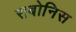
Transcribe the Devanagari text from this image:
सबोनिस